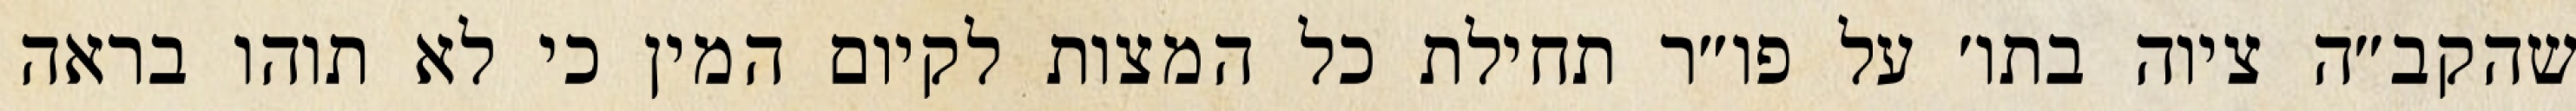
שהקב״ה ציוה בתו׳ על פו״ר תחילת כל המצות לקיום המין כי לא תוהו בראה